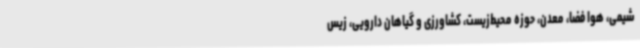
شیمی، هوا فضا، معدن، حوزه محیط‌زیست، کشاورزی و گیاهان دارویی، زیس